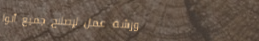
ورشة عمل لإصلاح جميع أنوا